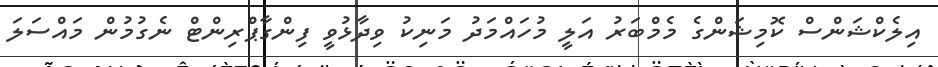
އިލެކްޝަންސް ކޮމިޝަންގެ މެމްބަރު އަލީ މުހައްމަދު މަނިކު ވިދާޅުވީ ފިންގާޕްރިންޓް ނެގުމުން މައްސަލަ